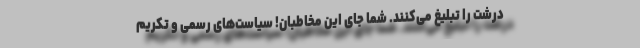
درشت را تبلیغ می‌کنند. شما جای این مخاطبان! سیاست‌های رسمی و تکریم